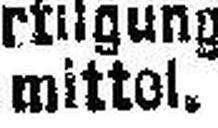
mittel.